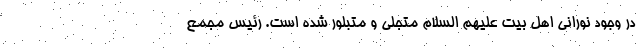
در وجود نورانی اهل بیت علیهم السلام متجلی و متبلور شده است. رئیس مجمع